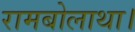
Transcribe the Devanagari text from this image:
रामबोलाथा।